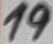
Text: 19